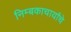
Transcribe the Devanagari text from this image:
निम्बकाचार्यांचे